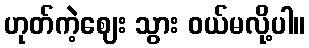
ဟုတ်ကဲ့ဈေး သွား ဝယ်မလို့ပါ။